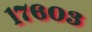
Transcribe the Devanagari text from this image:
१७६०३